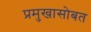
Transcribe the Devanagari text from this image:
प्रमुखासोबत